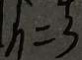
h = 3